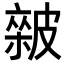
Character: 𥀏